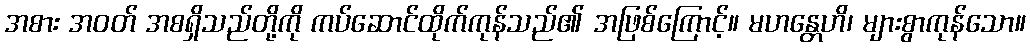
အစား အဝတ် အစရှိသည်တို့ကို ကပ်ဆောင်ထိုက်ကုန်သည်၏ အဖြစ်ကြောင့်။ မဟန္တေဟိ၊ များစွာကုန်သော။